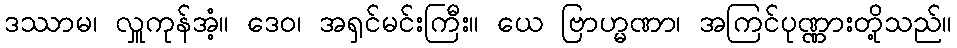
ဒဿာမ၊ လှူကုန်အံ့။ ဒေဝ၊ အရှင်မင်းကြီး။ ယေ ဗြာဟ္မဏာ၊ အကြင်ပုဏ္ဏားတို့သည်။